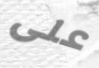
على